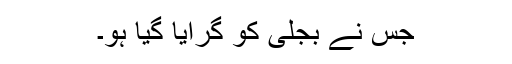
جس نے بجلی کو گرایا گیا ہو۔